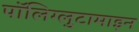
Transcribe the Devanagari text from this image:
पॉलिग्लुटामाइन